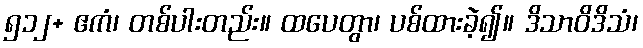
၅၁၂+ ဧကံ၊ တစ်ပါးတည်း။ ထပေတွာ၊ ပစ်ထားခဲ့၍။ ဒိသာဝိဒိသံ၊